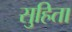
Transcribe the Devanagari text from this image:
सुहिता